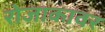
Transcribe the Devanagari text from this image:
रोजाकावर